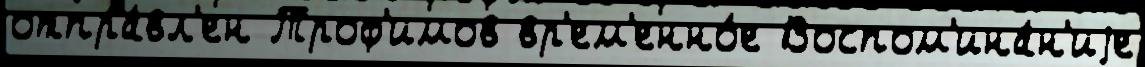
отпра́вл'ен Троф'имов вр'ем'енно́е Воспом'ина́н'иjе